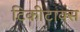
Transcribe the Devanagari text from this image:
टिकीटाक्स